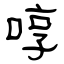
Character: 啍